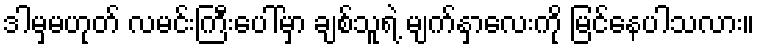
ဒါမှမဟုတ် လမင်းကြီးပေါ်မှာ ချစ်သူရဲ့ မျက်နှာလေးကို မြင်နေပါသလား။